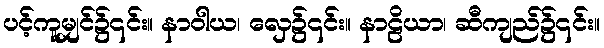
ပင့်ကူမျှင်၌၎င်း။ နာဝါယ၊ လှေ၌၎င်း။ နာဠိယာ၊ ဆီကျည်၌၎င်း။